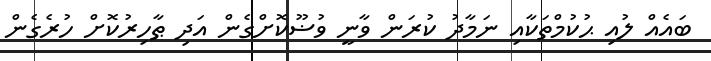
ބައެއް ލުއި ޙުކުމްތަކާއި ނަމާދު ކުރަން ވާނީ ވުޟޫކޮށްގެން އަދި ޠާހިރުކޮށް ހުރެގެން